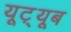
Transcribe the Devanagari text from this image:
यूट़्यूब